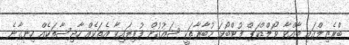
ބްރެޒިލްގައި ބާއްވާ ވޯލްޑްކަޕް ފުޓްބޯޅަ މުބާރާތަކީ ޝައުގުން ފުރިފައިވާ އެތަކެއް ހާދިސާތަކެއް ހިނގާނެ